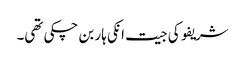
شریفو کی جیت انکی ہار بن چکی تھی۔